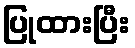
ပြုထားပြီး